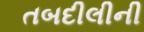
તબદીલીની